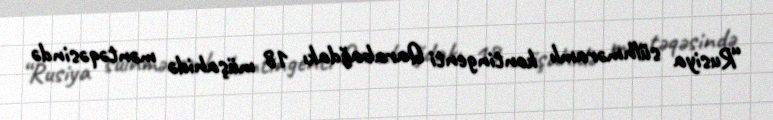
“Rusiya sülhməramlı kontingenti Qarabağdakı 18 müşahidə məntəqəsində